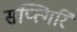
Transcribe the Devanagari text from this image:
सप्त्गिरि